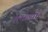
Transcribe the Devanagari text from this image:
बदख़्शाँ